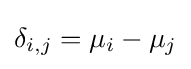
\delta _{i,j}=\mu _{i}-\mu _{j}